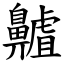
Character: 齇